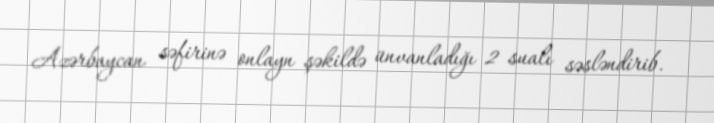
Azərbaycan səfirinə onlayn şəkildə ünvanladığı 2 sualı səsləndirib.